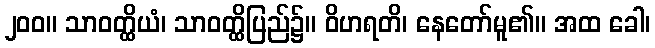
၂၀၀။ သာဝတ္ထိယံ၊ သာဝတ္ထိပြည်၌။ ဝိဟရတိ၊ နေတော်မူ၏။ အထ ခေါ၊